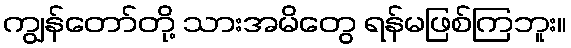
ကျွန်တော်တို့ သားအမိတွေ ရန်မဖြစ်ကြဘူး။